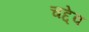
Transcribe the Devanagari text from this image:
चद्देव